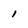
Character: 1